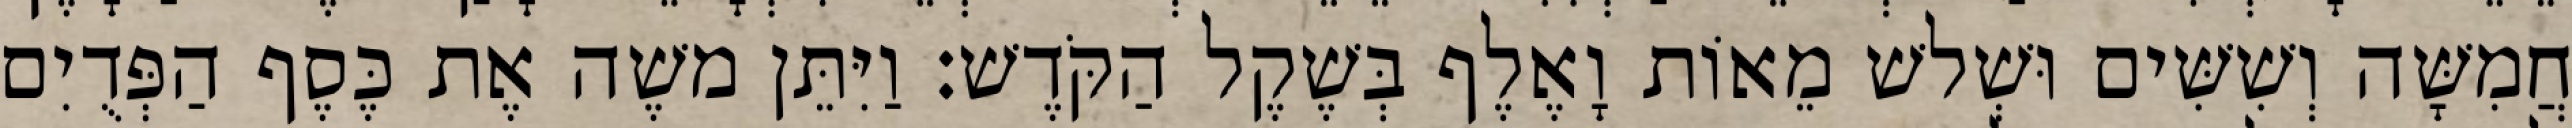
חֲמִשָּׁה וְשִׁשִּׁים וּשְׁלשׁ מֵאוֹת וָאֶלֶף בְּשֶׁקֶל הַקֹּדֶשׁ׃ וַיִּתֵּן משֶׁה אֶת כֶּסֶף הַפְּדֻיִם